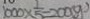
1 0 0 0 \times \frac { 1 } { 5 } = 2 0 0 ( g )